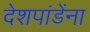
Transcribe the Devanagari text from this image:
देशपांडेंना